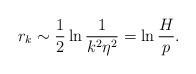
LaTeX: \begin{align*}r_{k}\sim \frac{1}{2}\ln \frac{1}{k^{2}\eta ^{2}}=\ln \frac{H}{p}.\end{align*}